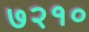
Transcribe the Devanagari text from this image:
७२१०